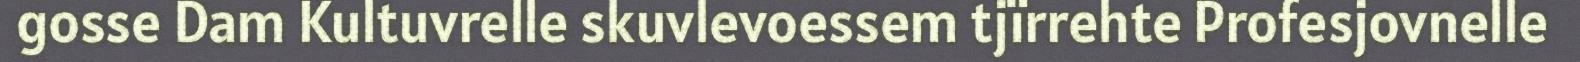
gosse Dam Kultuvrelle skuvlevoessem tjïrrehte Profesjovnelle